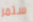
ستمر